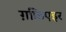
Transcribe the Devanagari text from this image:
ग़फ़िएइर